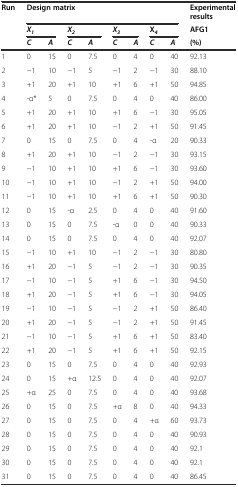
<table><thead><tr><td rowspan="3"><b>Run</b></td><td colspan="8"><b>Design matrix</b></td><td><b>Experimental results</b></td></tr><tr><td colspan="2"><b><i>X</i><sub><i>1</i></sub></b></td><td colspan="2"><b><i>X</i><sub><i>2</i></sub></b></td><td colspan="2"><b><i>X</i><sub><i>3</i></sub></b></td><td colspan="2"><b>X<sub><i>4</i></sub></b></td><td><b>AFG1</b></td></tr><tr><td><b><i>C</i></b></td><td><b><i>A</i></b></td><td><b><i>C</i></b></td><td><b><i>A</i></b></td><td><b><i>C</i></b></td><td><b><i>A</i></b></td><td><b><i>C</i></b></td><td><b><i>A</i></b></td><td><b>(%)</b></td></tr></thead><tbody><tr><td>1</td><td>0</td><td>15</td><td>0</td><td>7.5</td><td>0</td><td>4</td><td>0</td><td>40</td><td>92.13</td></tr><tr><td>2</td><td>−1</td><td>10</td><td>−1</td><td>5</td><td>−1</td><td>2</td><td>−1</td><td>30</td><td>88.10</td></tr><tr><td>3</td><td>+1</td><td>20</td><td>+1</td><td>10</td><td>+1</td><td>6</td><td>+1</td><td>50</td><td>94.85</td></tr><tr><td>4</td><td>-α*</td><td>5</td><td>0</td><td>7.5</td><td>0</td><td>4</td><td>0</td><td>40</td><td>86.00</td></tr><tr><td>5</td><td>+1</td><td>20</td><td>+1</td><td>10</td><td>+1</td><td>6</td><td>−1</td><td>30</td><td>95.05</td></tr><tr><td>6</td><td>+1</td><td>20</td><td>+1</td><td>10</td><td>−1</td><td>2</td><td>+1</td><td>50</td><td>91.45</td></tr><tr><td>7</td><td>0</td><td>15</td><td>0</td><td>7.5</td><td>0</td><td>4</td><td>-α</td><td>20</td><td>90.33</td></tr><tr><td>8</td><td>+1</td><td>20</td><td>+1</td><td>10</td><td>−1</td><td>2</td><td>−1</td><td>30</td><td>93.15</td></tr><tr><td>9</td><td>−1</td><td>10</td><td>+1</td><td>10</td><td>+1</td><td>6</td><td>−1</td><td>30</td><td>93.60</td></tr><tr><td>10</td><td>−1</td><td>10</td><td>+1</td><td>10</td><td>−1</td><td>2</td><td>+1</td><td>50</td><td>94.00</td></tr><tr><td>11</td><td>−1</td><td>10</td><td>+1</td><td>10</td><td>+1</td><td>6</td><td>+1</td><td>50</td><td>90.30</td></tr><tr><td>12</td><td>0</td><td>15</td><td>-α</td><td>2.5</td><td>0</td><td>4</td><td>0</td><td>40</td><td>91.60</td></tr><tr><td>13</td><td>0</td><td>15</td><td>0</td><td>7.5</td><td>-α</td><td>0</td><td>0</td><td>40</td><td>90.33</td></tr><tr><td>14</td><td>0</td><td>15</td><td>0</td><td>7.5</td><td>0</td><td>4</td><td>0</td><td>40</td><td>92.07</td></tr><tr><td>15</td><td>−1</td><td>10</td><td>+1</td><td>10</td><td>−1</td><td>2</td><td>−1</td><td>30</td><td>80.80</td></tr><tr><td>16</td><td>+1</td><td>20</td><td>−1</td><td>5</td><td>−1</td><td>2</td><td>−1</td><td>30</td><td>90.35</td></tr><tr><td>17</td><td>−1</td><td>10</td><td>−1</td><td>5</td><td>+1</td><td>6</td><td>−1</td><td>30</td><td>94.50</td></tr><tr><td>18</td><td>+1</td><td>20</td><td>−1</td><td>5</td><td>+1</td><td>6</td><td>−1</td><td>30</td><td>94.05</td></tr><tr><td>19</td><td>−1</td><td>10</td><td>−1</td><td>5</td><td>−1</td><td>2</td><td>+1</td><td>50</td><td>86.40</td></tr><tr><td>20</td><td>+1</td><td>20</td><td>−1</td><td>5</td><td>−1</td><td>2</td><td>+1</td><td>50</td><td>91.45</td></tr><tr><td>21</td><td>−1</td><td>10</td><td>−1</td><td>5</td><td>+1</td><td>6</td><td>+1</td><td>50</td><td>83.40</td></tr><tr><td>22</td><td>+1</td><td>20</td><td>−1</td><td>5</td><td>+1</td><td>6</td><td>+1</td><td>50</td><td>92.15</td></tr><tr><td>23</td><td>0</td><td>15</td><td>0</td><td>7.5</td><td>0</td><td>4</td><td>0</td><td>40</td><td>92.93</td></tr><tr><td>24</td><td>0</td><td>15</td><td>+α</td><td>12.5</td><td>0</td><td>4</td><td>0</td><td>40</td><td>92.07</td></tr><tr><td>25</td><td>+α</td><td>25</td><td>0</td><td>7.5</td><td>0</td><td>4</td><td>0</td><td>40</td><td>93.68</td></tr><tr><td>26</td><td>0</td><td>15</td><td>0</td><td>7.5</td><td>+α</td><td>8</td><td>0</td><td>40</td><td>94.33</td></tr><tr><td>27</td><td>0</td><td>15</td><td>0</td><td>7.5</td><td>0</td><td>4</td><td>+α</td><td>60</td><td>93.73</td></tr><tr><td>28</td><td>0</td><td>15</td><td>0</td><td>7.5</td><td>0</td><td>4</td><td>0</td><td>40</td><td>90.93</td></tr><tr><td>29</td><td>0</td><td>15</td><td>0</td><td>7.5</td><td>0</td><td>4</td><td>0</td><td>40</td><td>92.1</td></tr><tr><td>30</td><td>0</td><td>15</td><td>0</td><td>7.5</td><td>0</td><td>4</td><td>0</td><td>40</td><td>92.1</td></tr><tr><td>31</td><td>0</td><td>15</td><td>0</td><td>7.5</td><td>0</td><td>4</td><td>0</td><td>40</td><td>86.45</td></tr></tbody></table>